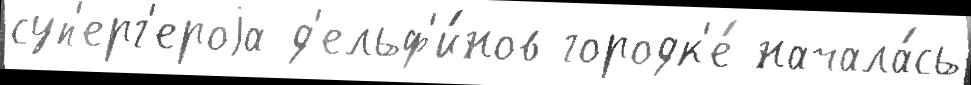
суп'ерг'ероjа д'ельф'и́нов городк'е́ начала́сь